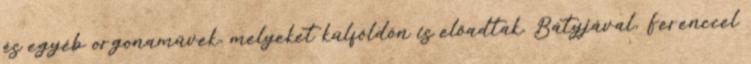
és egyéb orgonaművek, melyeket külföldön is előadtak. Bátyjával, Ferenccel